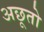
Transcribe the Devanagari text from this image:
अछूतो